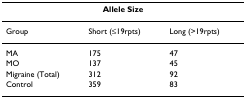
<table><thead><tr><td colspan="3"><b>Allele Size</b></td></tr></thead><tbody><tr><td>Group</td><td>Short (≤19rpts)</td><td>Long (&gt;19rpts)</td></tr><tr><td>MA</td><td>175</td><td>47</td></tr><tr><td>MO</td><td>137</td><td>45</td></tr><tr><td>Migraine (Total)</td><td>312</td><td>92</td></tr><tr><td>Control</td><td>359</td><td>83</td></tr></tbody></table>